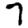
Digit: 7